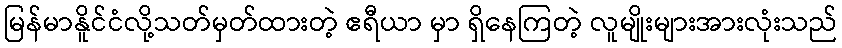
မြန်မာနိူင်ငံလို့သတ်မှတ်ထားတဲ့ ဧရီယာ မှာ ရှိနေကြတဲ့ လူမျိုးများအားလုံးသည်